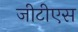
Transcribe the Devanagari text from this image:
जीटीएस